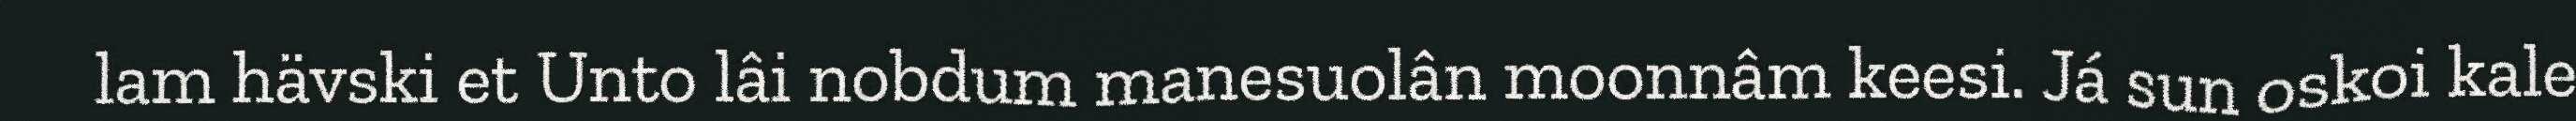
lam hävski et Unto lâi nobdum manesuolân moonnâm keesi. Já sun oskoi kale